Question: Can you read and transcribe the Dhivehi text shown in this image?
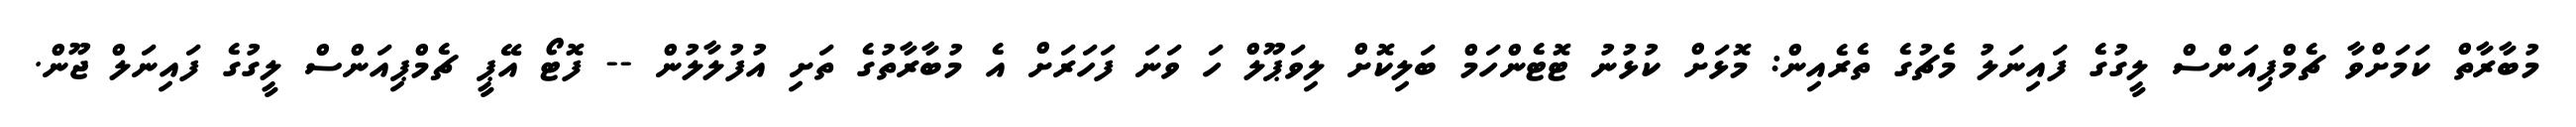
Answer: މުބާރާތް ކަމަށްވާ ޗެމްޕިއަންސް ލީގުގެ ފައިނަލު މެޗުގެ ތެރެއިން: މޮޅަށް ކުޅުނު ޓޮޓެންހަމް ބަލިކޮށް ލިވަޕޫލް ހަ ވަނަ ފަހަރަށް އެ މުބާރާތުގެ ތަށި އުފުލާލުން -- ފޮޓޯ އޭޕީ ޗެމްޕިއަންސް ލީގުގެ ފައިނަލް ޖޫން.